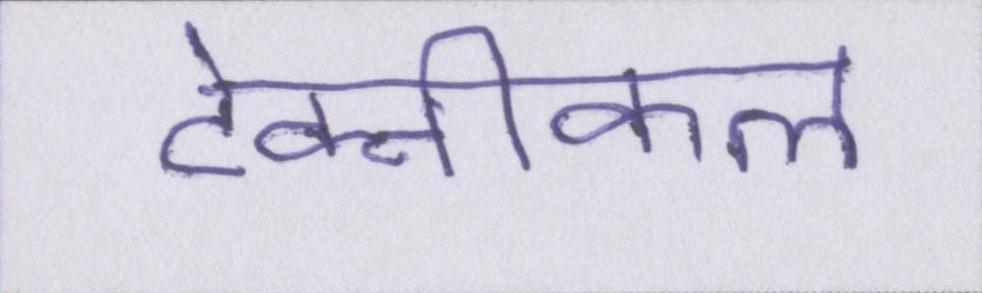
टेक्नीकल